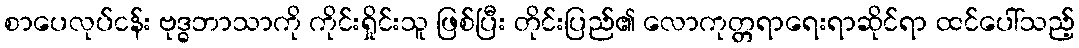
စာပေလုပ်ငန်း ဗုဒ္ဓဘာသာကို ကိုင်းရှိုင်းသူ ဖြစ်ပြီး တိုင်းပြည်၏ လောကုတ္တရာရေးရာဆိုင်ရာ ထင်ပေါ်သည့်